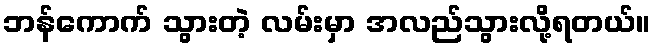
ဘန်ကောက် သွားတဲ့ လမ်းမှာ အလည်သွားလို့ရတယ်။